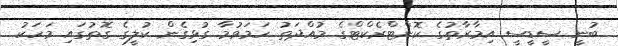
ބުނީ ސީޑީސީ އިމާރާތުގެ ކޮންޓްރެކްޓްގެ މުއްދަތު ހަމަވުމާ ގުޅިގެން ކުލީގެ ގޮތުގައި މަހަކު